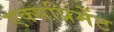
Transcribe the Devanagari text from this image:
एक्सप्रिमेंट